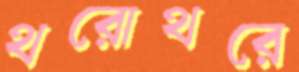
থরোথরে